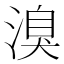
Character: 溴